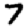
Digit: 7